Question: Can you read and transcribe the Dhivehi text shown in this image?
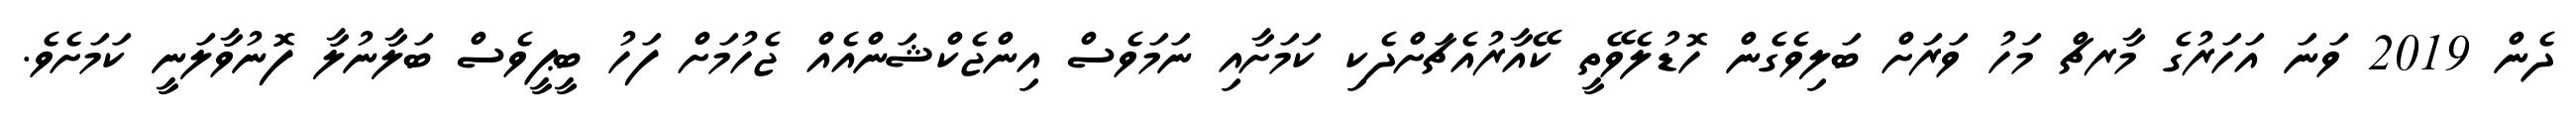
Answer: ދެން 2019 ވަނަ އަހަރުގެ މާރޗް މަހު ވަރަށް ބަލިވެގެން ހޮޑުލެވޭތީ ކޭއާރުއެޗަށްދެކި ކަމަށާއި ނަމަވެސް އިންޖެކްޝަންއެއް ޖެހުމަށް ފަހު ބީޕީވެސް ބަލާނުލާ ފޮނުވާލަނީ ކަމަށެވެ.